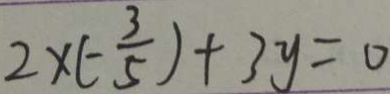
2 \times ( - \frac { 3 } { 5 } ) + 3 y = 0